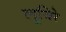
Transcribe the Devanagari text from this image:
लूविरे